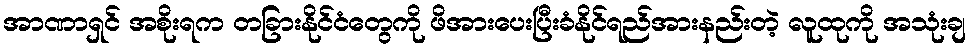
အာဏာရှင် အစိုးရက တခြားနိုင်ငံတွေကို ဖိအားပေးပြီးခံနိုင်ရည်အားနည်းတဲ့ လူထုကို အသုံးချ